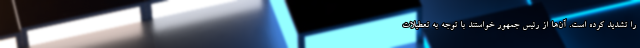
را تشدید کرده است. آن‌ها از رئیس جمهور خواستند با توجه به تعطیلات